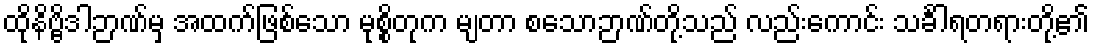
ထိုနိဗ္ဗိဒါဉာဏ်မှ အထက်ဖြစ်သော မုစ္စိတုက မျတာ စသောဉာဏ်တို့သည် လည်းကောင်း သင်္ခါရတရားတို့၏